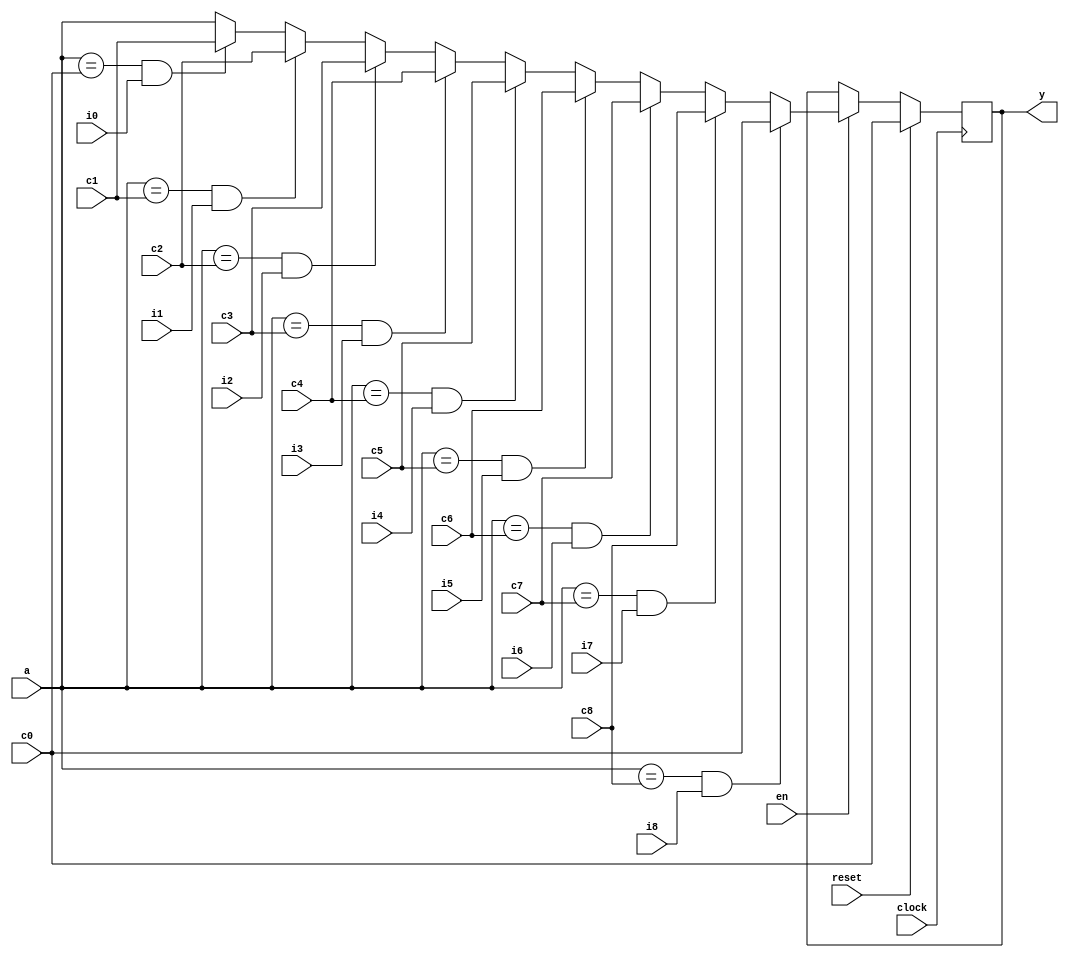
module fsm (
    input wire clock,
    input wire reset,
    input wire i0,
    input wire i1,
    input wire i2,
    input wire i3,
    input wire i4,
    input wire i5,
    input wire i6,
    input wire i7,
    input wire i8,
    input wire en,
    input wire [3:0] c0, c1, c2, c3, c4, c5, c6, c7, c8, a,
    output wire [3:0] y
);
    wire [3:0] m0, m1, m2, m3, m4, m5, m6, m7, m8;
    wire [3:0] q0, q1, q2, q3, q4, q5, q6, q7, q8;
    wire a0, a1, a2, a3, a4, a5, a6, a7, a8;
    wire e0, e1, e2, e3, e4, e5, e6, e7, e8;
    assign e0 = a == c0; 
    assign e1 = a == c1; 
    assign e2 = a == c2; 
    assign e3 = a == c3; 
    assign e4 = a == c4; 
    assign e5 = a == c5; 
    assign e6 = a == c6; 
    assign e7 = a == c7; 
    assign e8 = a == c8; 
    assign a0 = e0 & i0; 
    assign a1 = e1 & i1; 
    assign a2 = e2 & i2; 
    assign a3 = e3 & i3; 
    assign a4 = e4 & i4; 
    assign a5 = e5 & i5; 
    assign a6 = e6 & i6; 
    assign a7 = e7 & i7; 
    assign a8 = e8 & i8; 
    assign m0 = a0 ? c1 : a;
    assign m1 = a1 ? c2 : m0;
    assign m2 = a2 ? c3 : m1;
    assign m3 = a3 ? c4 : m2;
    assign m4 = a4 ? c5 : m3;
    assign m5 = a5 ? c6 : m4;
    assign m6 = a6 ? c7 : m5;
    assign m7 = a7 ? c8 : m6;
    assign m8 = a8 ? c0 : m7;
    reg [3:0] st;
    always @(posedge clock) begin
        if (reset) begin
            st <= c0;
        end else if (en) begin
            st <= m8;
        end
    end
    assign y = st;
endmodule